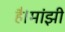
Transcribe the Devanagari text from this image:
है।मांझी